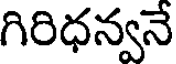
గిరిధన్వనే